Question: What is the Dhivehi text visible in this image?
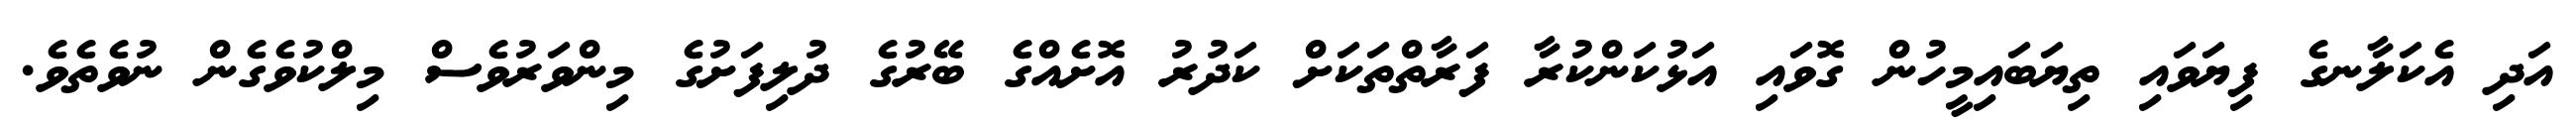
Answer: އަދި އެކަލާނގެ ފިޔަވައި ތިޔަބައިމީހުން ގޮވައި އަޅުކަންކުރާ ފަރާތްތަކަށް ކަދުރު އޮށެއްގެ ބޭރުގެ ދުލިފަށުގެ މިންވަރުވެސް މިލްކުވެގެން ނުވެތެވެ.